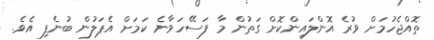
ތޮއްޖެހުމަށް ވުރެ އޮންލައިންކޮށް ގަތުން މާ ފަސޭހަވާނެ ކަމަށް އެޕަލުން ބުނެފި އެވެ.